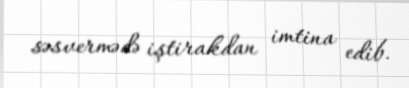
səsvermədə iştirakdan imtina edib.